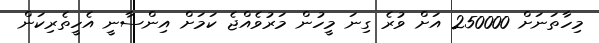
މިހާތަނަށް 250000 އަށް ވުރެ ގިނަ މީހުން މަރުވެއްޖެ ކަމަށް އިންސާނީ އެހީތެރިކަން